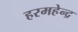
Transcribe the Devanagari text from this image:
हरमहेन्द्र